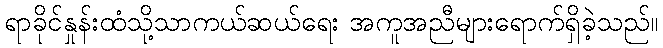
ရာခိုင်နှုန်းထံသို့သာကယ်ဆယ်ရေး အကူအညီများရောက်ရှိခဲ့သည်။